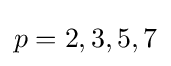
p=2,3,5,7